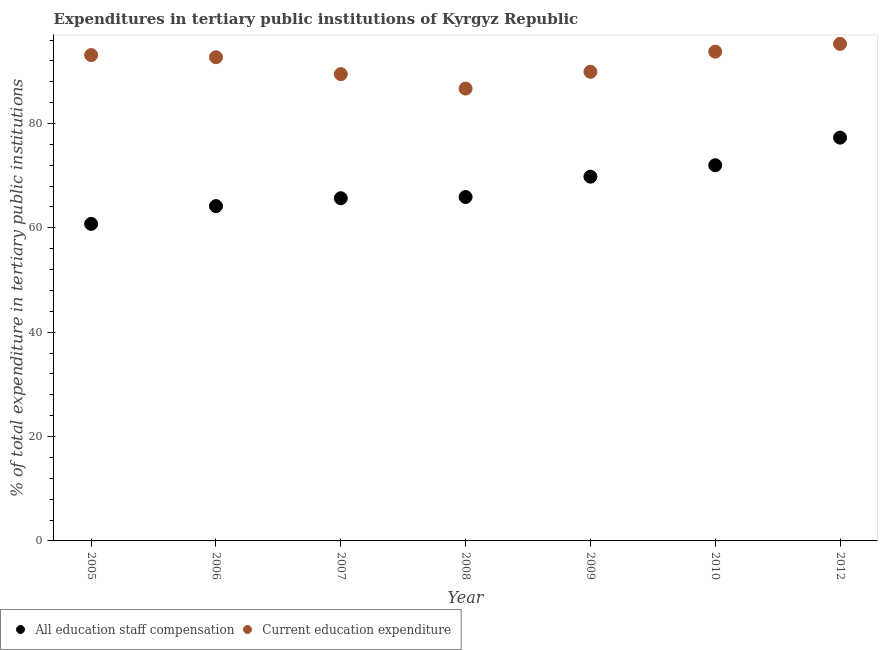
| Year | All education staff compensation | Current education expenditure |
 | --- | --- | --- |
 | 2005 | 60.8 | 93.1 |
 | 2006 | 64.2 | 92.7 |
 | 2007 | 65.7 | 89.5 |
 | 2008 | 65.9 | 86.7 |
 | 2009 | 69.8 | 89.9 |
 | 2010 | 72 | 93.8 |
 | 2012 | 77.3 | 95.3 |